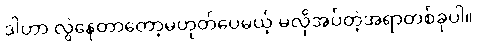
ဒါဟာ လွဲနေတာတော့မဟုတ်ပေမယ့် မလိုအပ်တဲ့အရာတစ်ခုပါ။